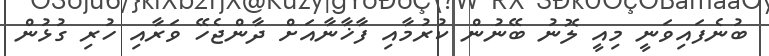
ބުނެފައިވަނީ މިއީ ލޮނު ބޭނުން ކުރުމާއި ފާޚާނާއަށް ދާންޖެހޭ ވަރާއި ހުރި ގުޅުން